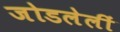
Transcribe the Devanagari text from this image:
जोडलेलीं